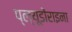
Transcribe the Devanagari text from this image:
प्ल्यूडोंराइना